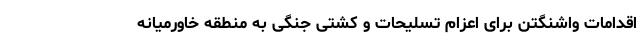
اقدامات واشنگتن برای اعزام تسلیحات و کشتی جنگی به منطقه خاورمیانه